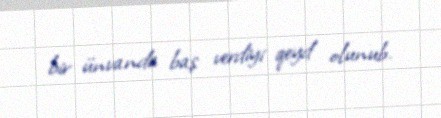
bir ünvanda baş verdiyi qeyd olunub.